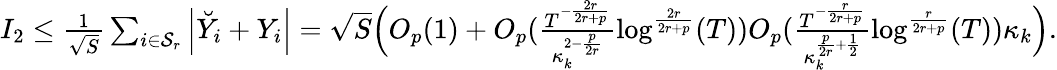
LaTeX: \begin{array}{r}{I_{2}\le\frac{1}{\sqrt{S}}\sum_{i\in{\mathcal{S}_{r}}}\Big|\breve{Y}_{i}+Y_{i}\Big|=\sqrt{S}\Big(O_{p}(1)+O_{p}(\frac{T^{-\frac{2r}{2r+p}}}{\kappa_{k}^{2-\frac{p}{2r}}}\log^{\frac{2r}{2r+p}}(T))O_{p}(\frac{T^{-\frac{r}{2r+p}}}{\kappa_{k}^{\frac{p}{2r}+\frac{1}{2}}}\log^{\frac{r}{2r+p}}(T))\kappa_{k}\Big).}\end{array}